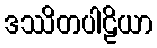
ဒဿိတပါဠိယာ